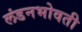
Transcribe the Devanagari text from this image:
लंडनभोवती